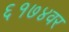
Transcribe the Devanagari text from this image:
६१७४वर